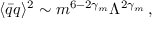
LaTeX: \langle \bar { q } q \rangle ^ { 2 } \sim m ^ { 6 - 2 \gamma _ { m } } \Lambda ^ { 2 \gamma _ { m } } \, ,